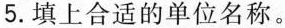
5.填上合适的单位名称。